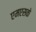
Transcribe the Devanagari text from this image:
एमएसके